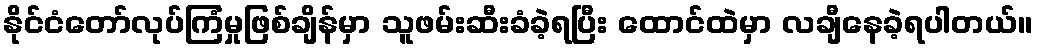
နိုင်ငံတော်လုပ်ကြံမှုဖြစ်ချိန်မှာ သူဖမ်းဆီးခံခဲ့ရပြီး ထောင်ထဲမှာ လချီနေခဲ့ရပါတယ်။